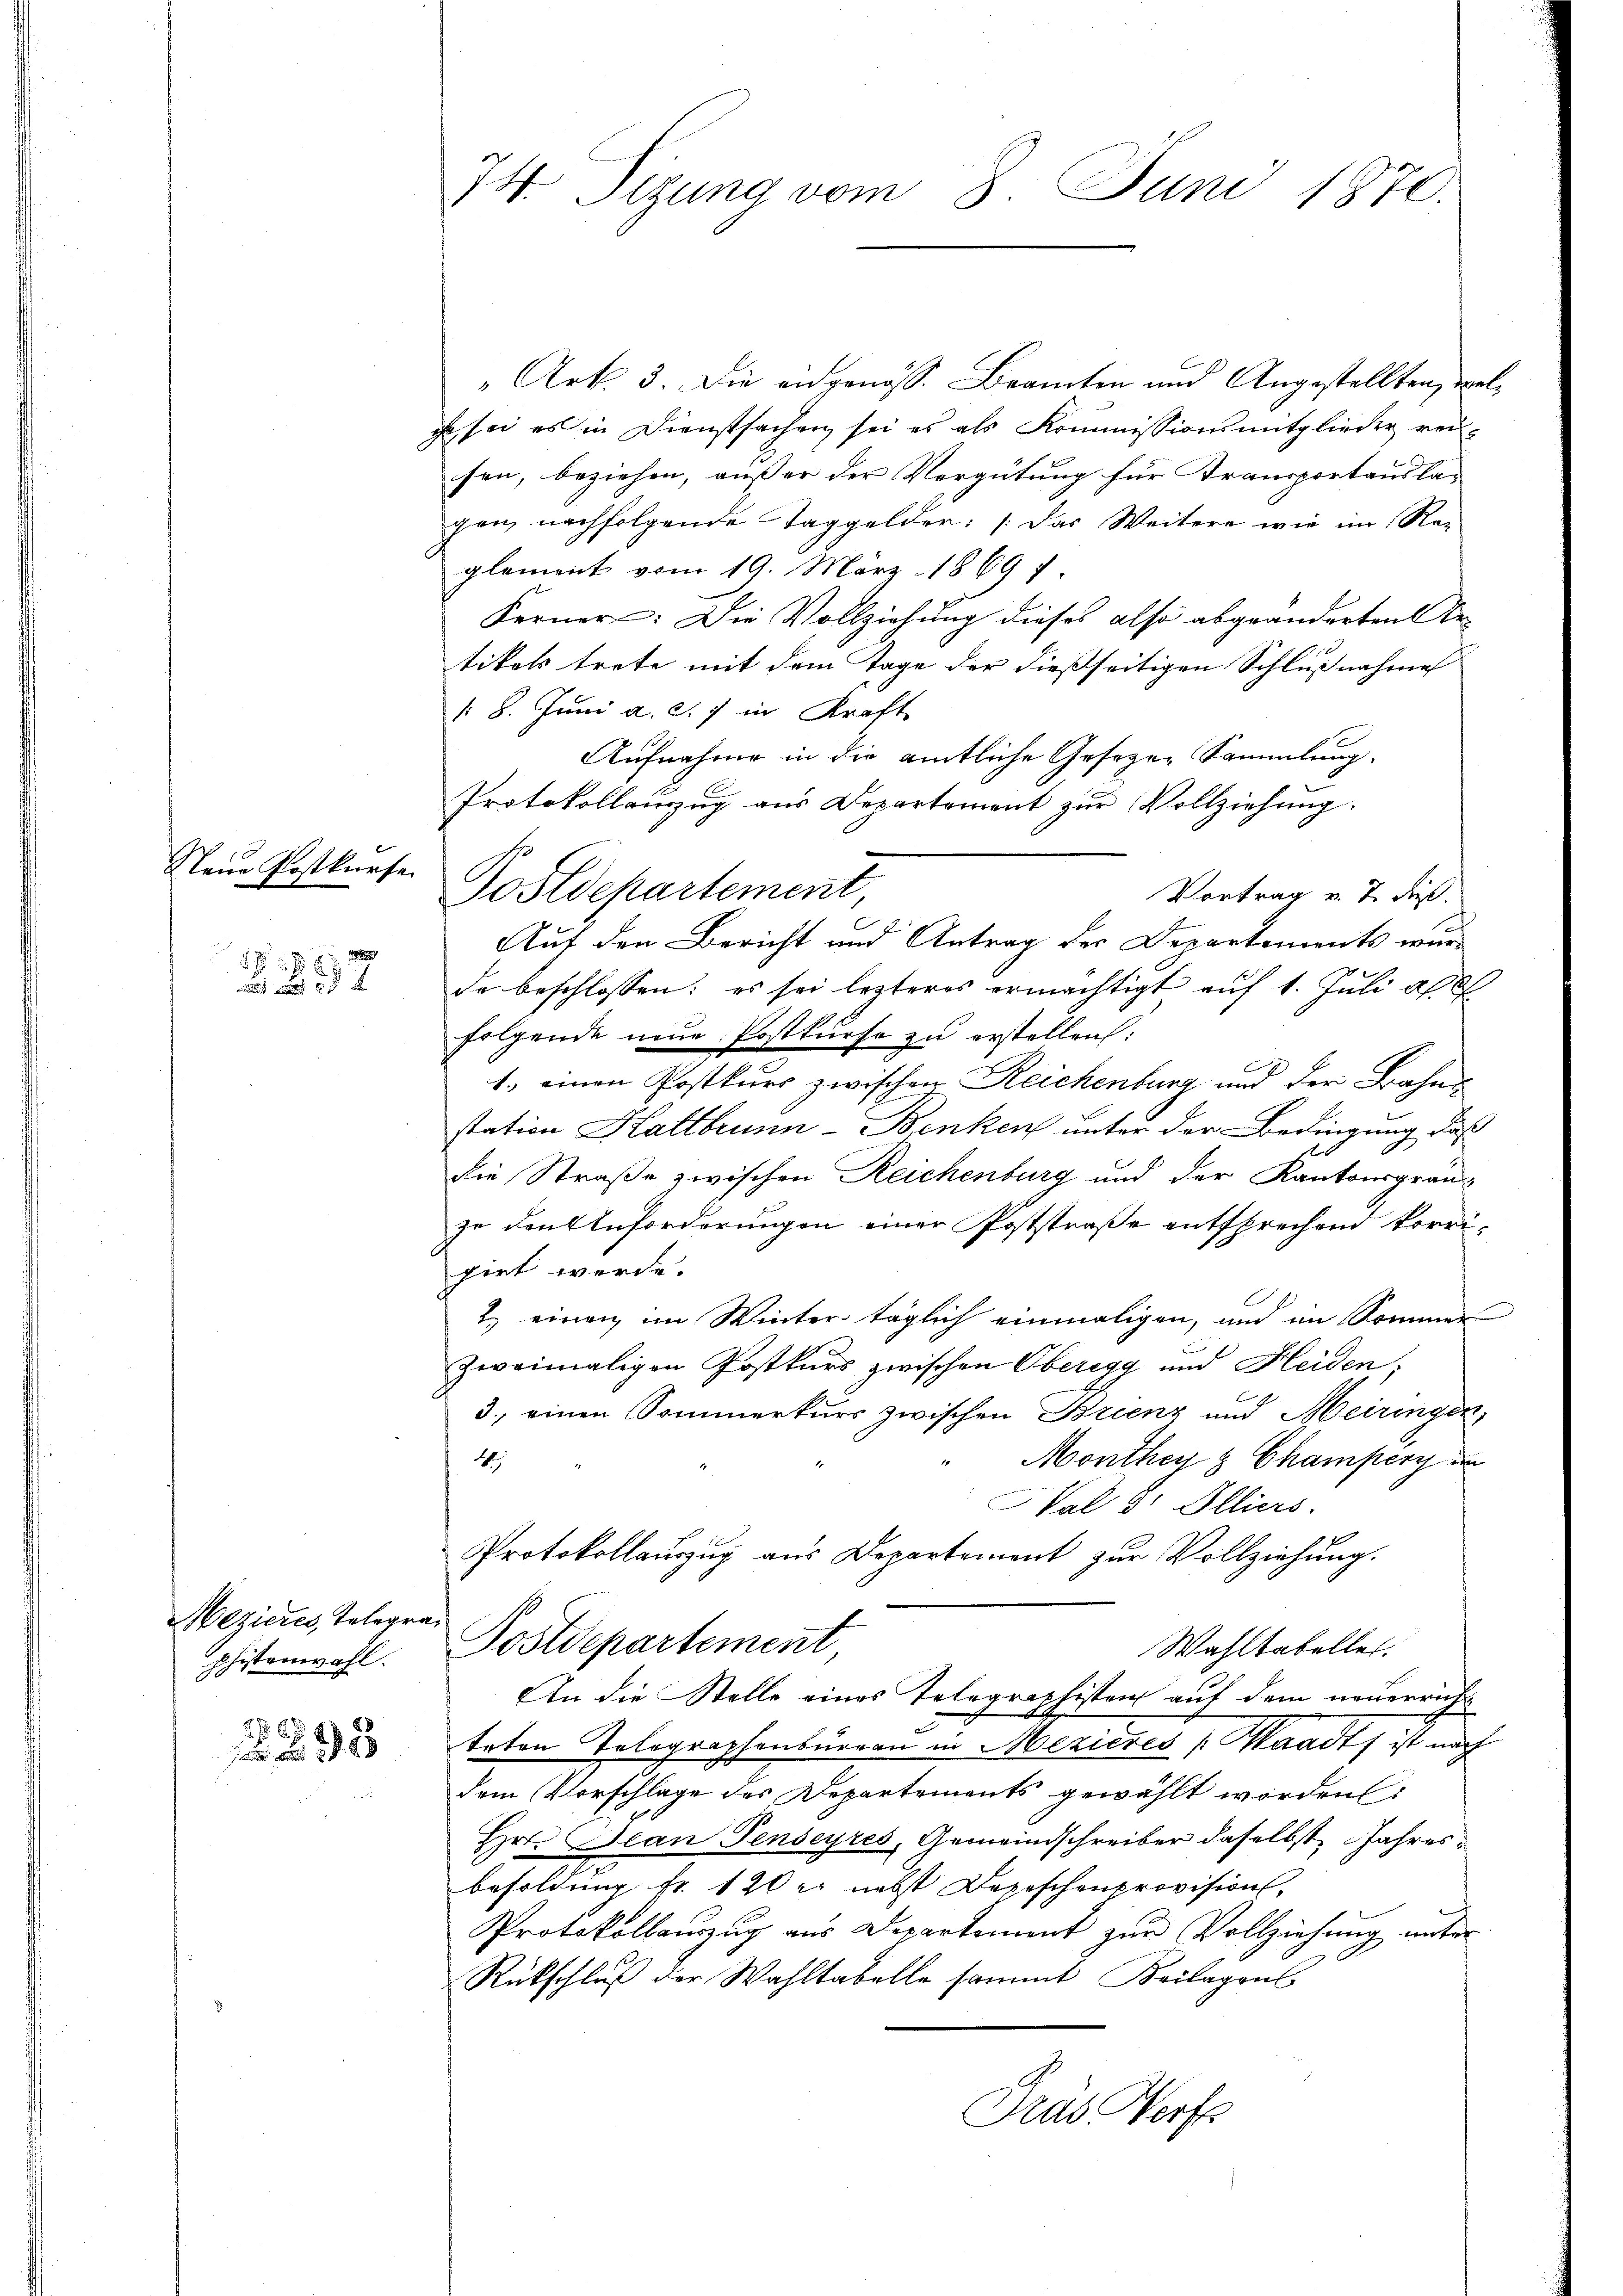
Neue Postkurse
2
32

Mezieres, Telegraphistenwahl.

198

74. Sizung vom 3. Juni 1870.

„Art. 3. Die eidgenöss. Brannten und Angestellten, welc
ihn sei es in Dienstsachen sei es als Kommissionsmitglieder rei-
sen, beziehen, ausser der Vergütung für Transportausla-
gen, nachfolgende Taggelder: Das Weitere wir im Re-
glement vom 19. März 1869 f
Ferner: Die Vollziehung dieses also abgeänderten Be-
tikels trete mit dem Tage der dießseitigen Schlußnahme
§ 8. Juni a. c. 7 in Kraft
Aufnahme in die amtliche Geseze-Sammlung.
Vortrag v. J. dieß.
da beschlossen: es sei lezteres ermächtigt auf 1. Juli all
folgende neŭe Postkŭrse zu erstellen:
1.) einen Postkurs zwischen Reichenburg und der Bahns
station Kaltbrunn - Benken unter der Bedingung, daß
die Straße zwischen Reichenburg und der Kantonsgrauzu den Anforderungen einer Poststraße entsprechend korri-
pirt werde.
2. einen im Winter täglich einmaligen, und im Sommer
zweimaligen Postkurs zwischen Oberegg und Heiden.
3., einen Sommerkurs zwischen Brienz und Meiringen,
Monthey & Champery un
4
Val d Illiers.
Protokollauszug aus Departement zur Vollziehung.
Postdepartement
Wahltabeller.
An die Stelle eines Telegraphistenz auf dem neuerrichk
teten Tolographenburgau in Mexicres Waadt, ist nach
dem Vorschlage des Departements gewählt worden:
Hr. Jean Penseyres, Gemeindschreiber daselbst Jahresbesoldung fr. 120 r. nebst Depeschenprovision,
Protokollauszug aus Departement zŭr Vollziehŭng ŭnter
Rückschluß der Wahltabelle sammt Beilagens
Tras Vorf

Protokollauszug aus Departement zŭr Vollziehung.
Postdepartement,
Auf den Bericht und Antrag der Departements wur-